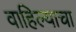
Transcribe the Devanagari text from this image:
वाहिल्याचा